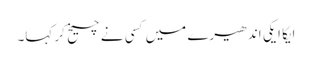
ایکا ایکی اندھیرے میں کسی نے چیخ کر کہا۔